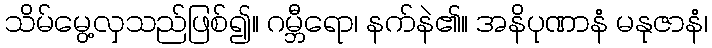
သိမ်မွေ့လှသည်ဖြစ်၍။ ဂမ္ဘီရော၊ နက်နဲ၏။ အနိပုဏာနံ မနုဇာနံ၊